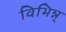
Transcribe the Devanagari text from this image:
विभिन्न्